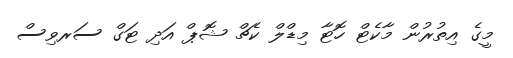
މީގެ އިތުރުން މާކެޓް ހޮޓާ މިޑްލް ކެޗް ޝޮޕް އަދި ޓަގް ސަރވިސް